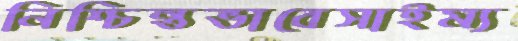
নিশ্চিন্তভাবেসাইম্য